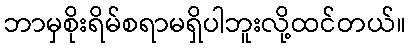
ဘာမှစိုးရိမ်စရာမရှိပါဘူးလို့ထင်တယ်။